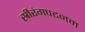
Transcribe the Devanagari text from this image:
स्रीरंगपटनम